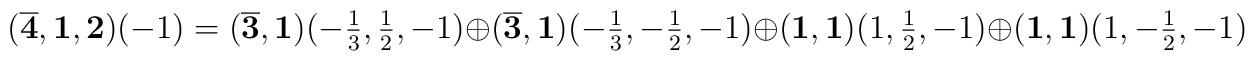
(\overline{\bf 4},{\bf 1},{\bf 2})(-1) =(\overline{\bf 3},{\bf 1})(\textstyle{-{1 \over 3},{1 \over 2},-1}) \oplus(\overline{\bf 3},{\bf 1})(\textstyle{-{1 \over 3},-{1\over 2},-1}) \oplus({\bf 1},{\bf 1})(\textstyle{1,{1 \over 2},-1}) \oplus({\bf 1},{\bf 1})(\textstyle{1,-{1 \over 2},-1})